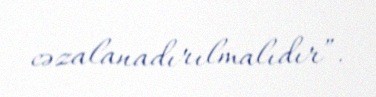
cəzalanadırılmalıdır”.